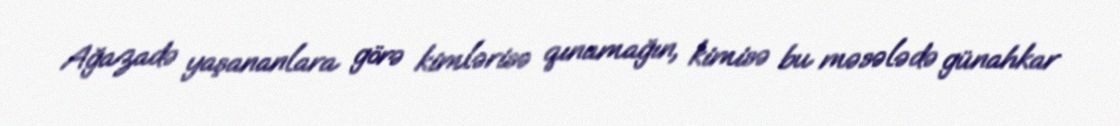
Ağazadə yaşananlara görə kimlərisə qınamağın, kimisə bu məsələdə günahkar